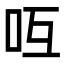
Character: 𠯞